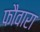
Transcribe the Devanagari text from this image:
फौवारा